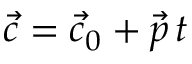
{ \vec { c } } = { \vec { c } } _ { 0 } + { \vec { p } } \, t